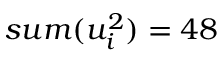
s u m ( u _ { i } ^ { 2 } ) = 4 8